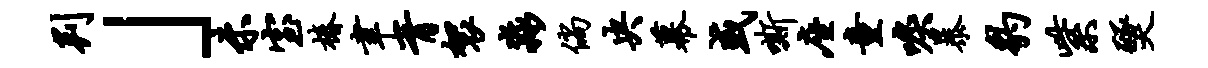
判」未室椿聿胥袈淼倘央幕或嘶座童唳暴豹紫燹